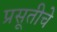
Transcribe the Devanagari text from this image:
प्रसूतीचे